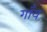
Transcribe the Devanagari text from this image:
गाँय